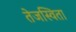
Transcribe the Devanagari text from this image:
तेजस्‍विता